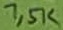
Text: 1,5K